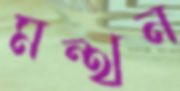
মন্থন